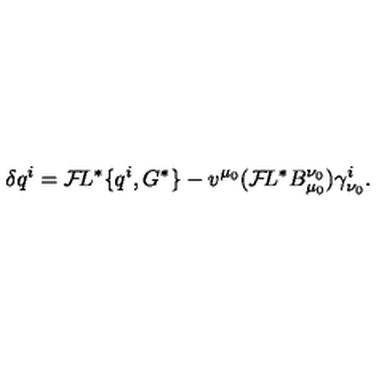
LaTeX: \delta q ^ { i } = { \cal F } \! L ^ { * } \{ q ^ { i } , G ^ { * } \} - v ^ { \mu _ { 0 } } ( { \cal F } \! L ^ { * } B _ { \mu _ { 0 } } ^ { \nu _ { 0 } } ) \gamma _ { \nu _ { 0 } } ^ { i } .